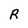
Character: R